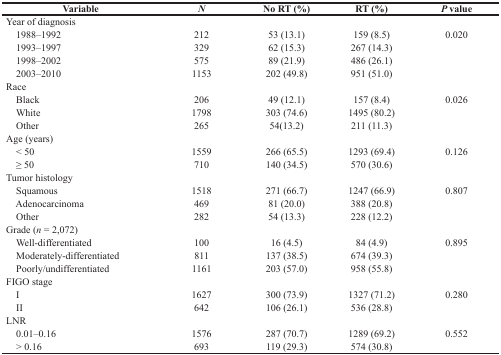
| Variable | N | No RT (%) | RT (%) | P value |
 | --- | --- | --- | --- | --- |
 | Year of diagnosis |  |  |  |  |
 | 1988–1992 | 212 | 53 (13.1) | 159 (8.5) | 0.020 |
 | 1993–1997 | 329 | 62 (15.3) | 267 (14.3) |  |
 | 1998–2002 | 575 | 89 (21.9) | 486 (26.1) |  |
 | 2003–2010 | 1153 | 202 (49.8) | 951 (51.0) |  |
 | Race |  |  |  |  |
 | Black | 206 | 49 (12.1) | 157 (8.4) | 0.026 |
 | White | 1798 | 303 (74.6) | 1495 (80.2) |  |
 | Other | 265 | 54(13.2) | 211 (11.3) |  |
 | Age (years) |  |  |  |  |
 | < 50 | 1559 | 266 (65.5) | 1293 (69.4) | 0.126 |
 | ≥ 50 | 710 | 140 (34.5) | 570 (30.6) |  |
 | Tumor histology |  |  |  |  |
 | Squamous | 1518 | 271 (66.7) | 1247 (66.9) | 0.807 |
 | Adenocarcinoma | 469 | 81 (20.0) | 388 (20.8) |  |
 | Other | 282 | 54 (13.3) | 228 (12.2) |  |
 | Grade (n = 2,072) |  |  |  |  |
 | Well-differentiated | 100 | 16 (4.5) | 84 (4.9) | 0.895 |
 | Moderately-differentiated | 811 | 137 (38.5) | 674 (39.3) |  |
 | Poorly/undifferentiated | 1161 | 203 (57.0) | 958 (55.8) |  |
 | FIGO stage |  |  |  |  |
 | I | 1627 | 300 (73.9) | 1327 (71.2) | 0.280 |
 | II | 642 | 106 (26.1) | 536 (28.8) |  |
 | LNR |  |  |  |  |
 | 0.01–0.16 | 1576 | 287 (70.7) | 1289 (69.2) | 0.552 |
 | > 0.16 | 693 | 119 (29.3) | 574 (30.8) |  |